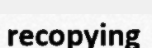
recopying